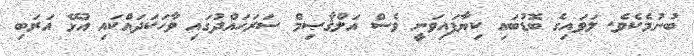
ބުނުމެކެވެ. ލަވައިގެ ބޮޑުބައި ކިޔާފައިވަނީ ވެސް އަލްޤާޞިމް ސަރަހައްދުގައި ވާހަކަދައްކައި އުޅޭ އަރަބި